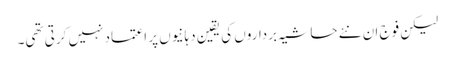
لیکن فوج ان نئے حاشیہ برداروں کی یقین دہانیوں پر اعتماد نہیں کرتی تھی۔